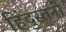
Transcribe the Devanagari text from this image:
हिंदुस्तनी